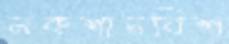
নকশানবিশ